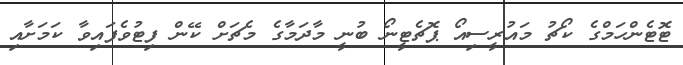
ޓޮޓެންހަމްގެ ކޯޗު މައުރީސިއޯ ޕޮޗެޓީނޯ ބުނީ މާދަމާގެ މެޗަށް ކޭން ފިޓުވެފައިވާ ކަމަށާއި